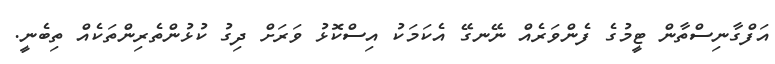
އަފްގާނިސްތާން ޓީމުގެ ފެންވަރެއް ނޭނގޭ އެކަމަކު އިސްކޮޅު ވަރަށް ދިގު ކުޅުންތެރިންތަކެއް ތިބެނީ.